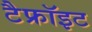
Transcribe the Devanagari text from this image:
टैफ्रॉइट